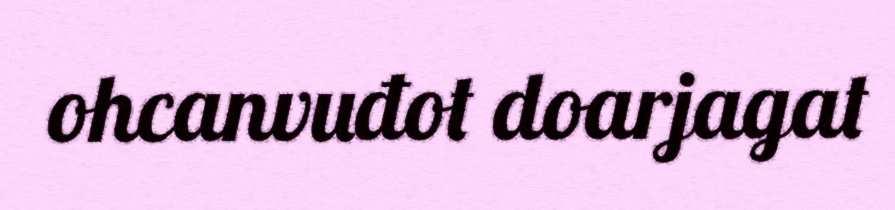
ohcanvuđot doarjagat